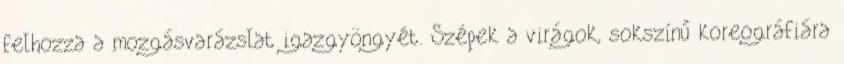
felhozza a mozgásvarázslat igazgyöngyét. Szépek a virágok, sokszínű koreográfiára